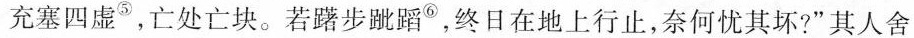
充塞四虚^{⑤}，亡处亡块。若躇步跐蹈^{⑥}，终日在地上行止,奈何忧其坏？”其人舍